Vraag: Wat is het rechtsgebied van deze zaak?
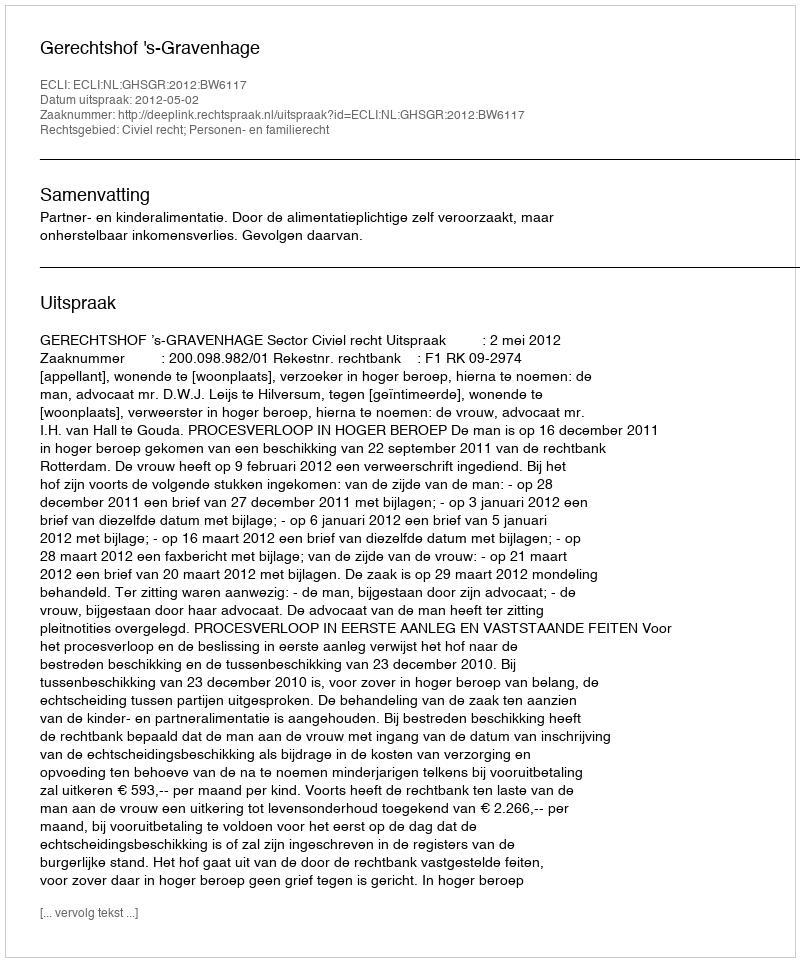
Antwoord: Civiel recht; Personen- en familierecht